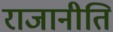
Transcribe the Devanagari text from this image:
राजानीति